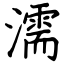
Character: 濡